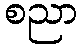
စညာ